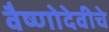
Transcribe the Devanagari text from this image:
वैष्णोदेवीचे